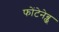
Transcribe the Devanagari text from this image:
फोंटेनेब्लू